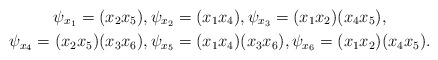
\begin{gather*}\psi_{x_1}=(x_2x_5),\psi_{x_2}=(x_1x_4),\psi_{x_3}=(x_1x_2)(x_4x_5),\\\psi_{x_4}=(x_2x_5)(x_3x_6),\psi_{x_5}=(x_1x_4)(x_3x_6),\psi_{x_6}=(x_1x_2)(x_4x_5). \end{gather*}